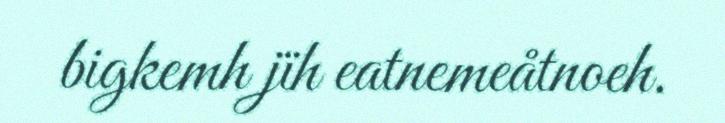
bigkemh jïh eatnemeåtnoeh.